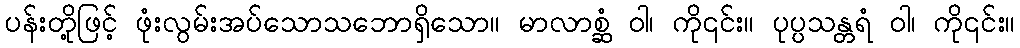
ပန်းတို့ဖြင့် ဖုံးလွမ်းအပ်သောသဘောရှိသော။ မာလာစ္ဆံ ဝါ၊ ကို၎င်း။ ပုပ္ပသန္တရံ ဝါ၊ ကို၎င်း။